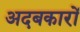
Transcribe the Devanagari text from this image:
अदबकारों